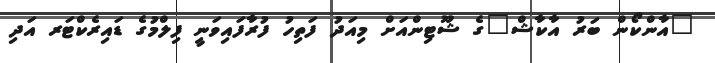
"އާންކޯން ބަރު އާކާޝް"ގެ ޝޫޓިންއަށް މިއަދު ފަތިހު ފުރާފައިވަނީ ފިލްމުގެ ޑައިރެކްޓަރ އަދި